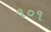
૧૦૧